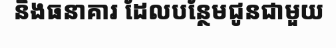
និងធនាគារ ដែលបន្ថែមជូនជាមួយ